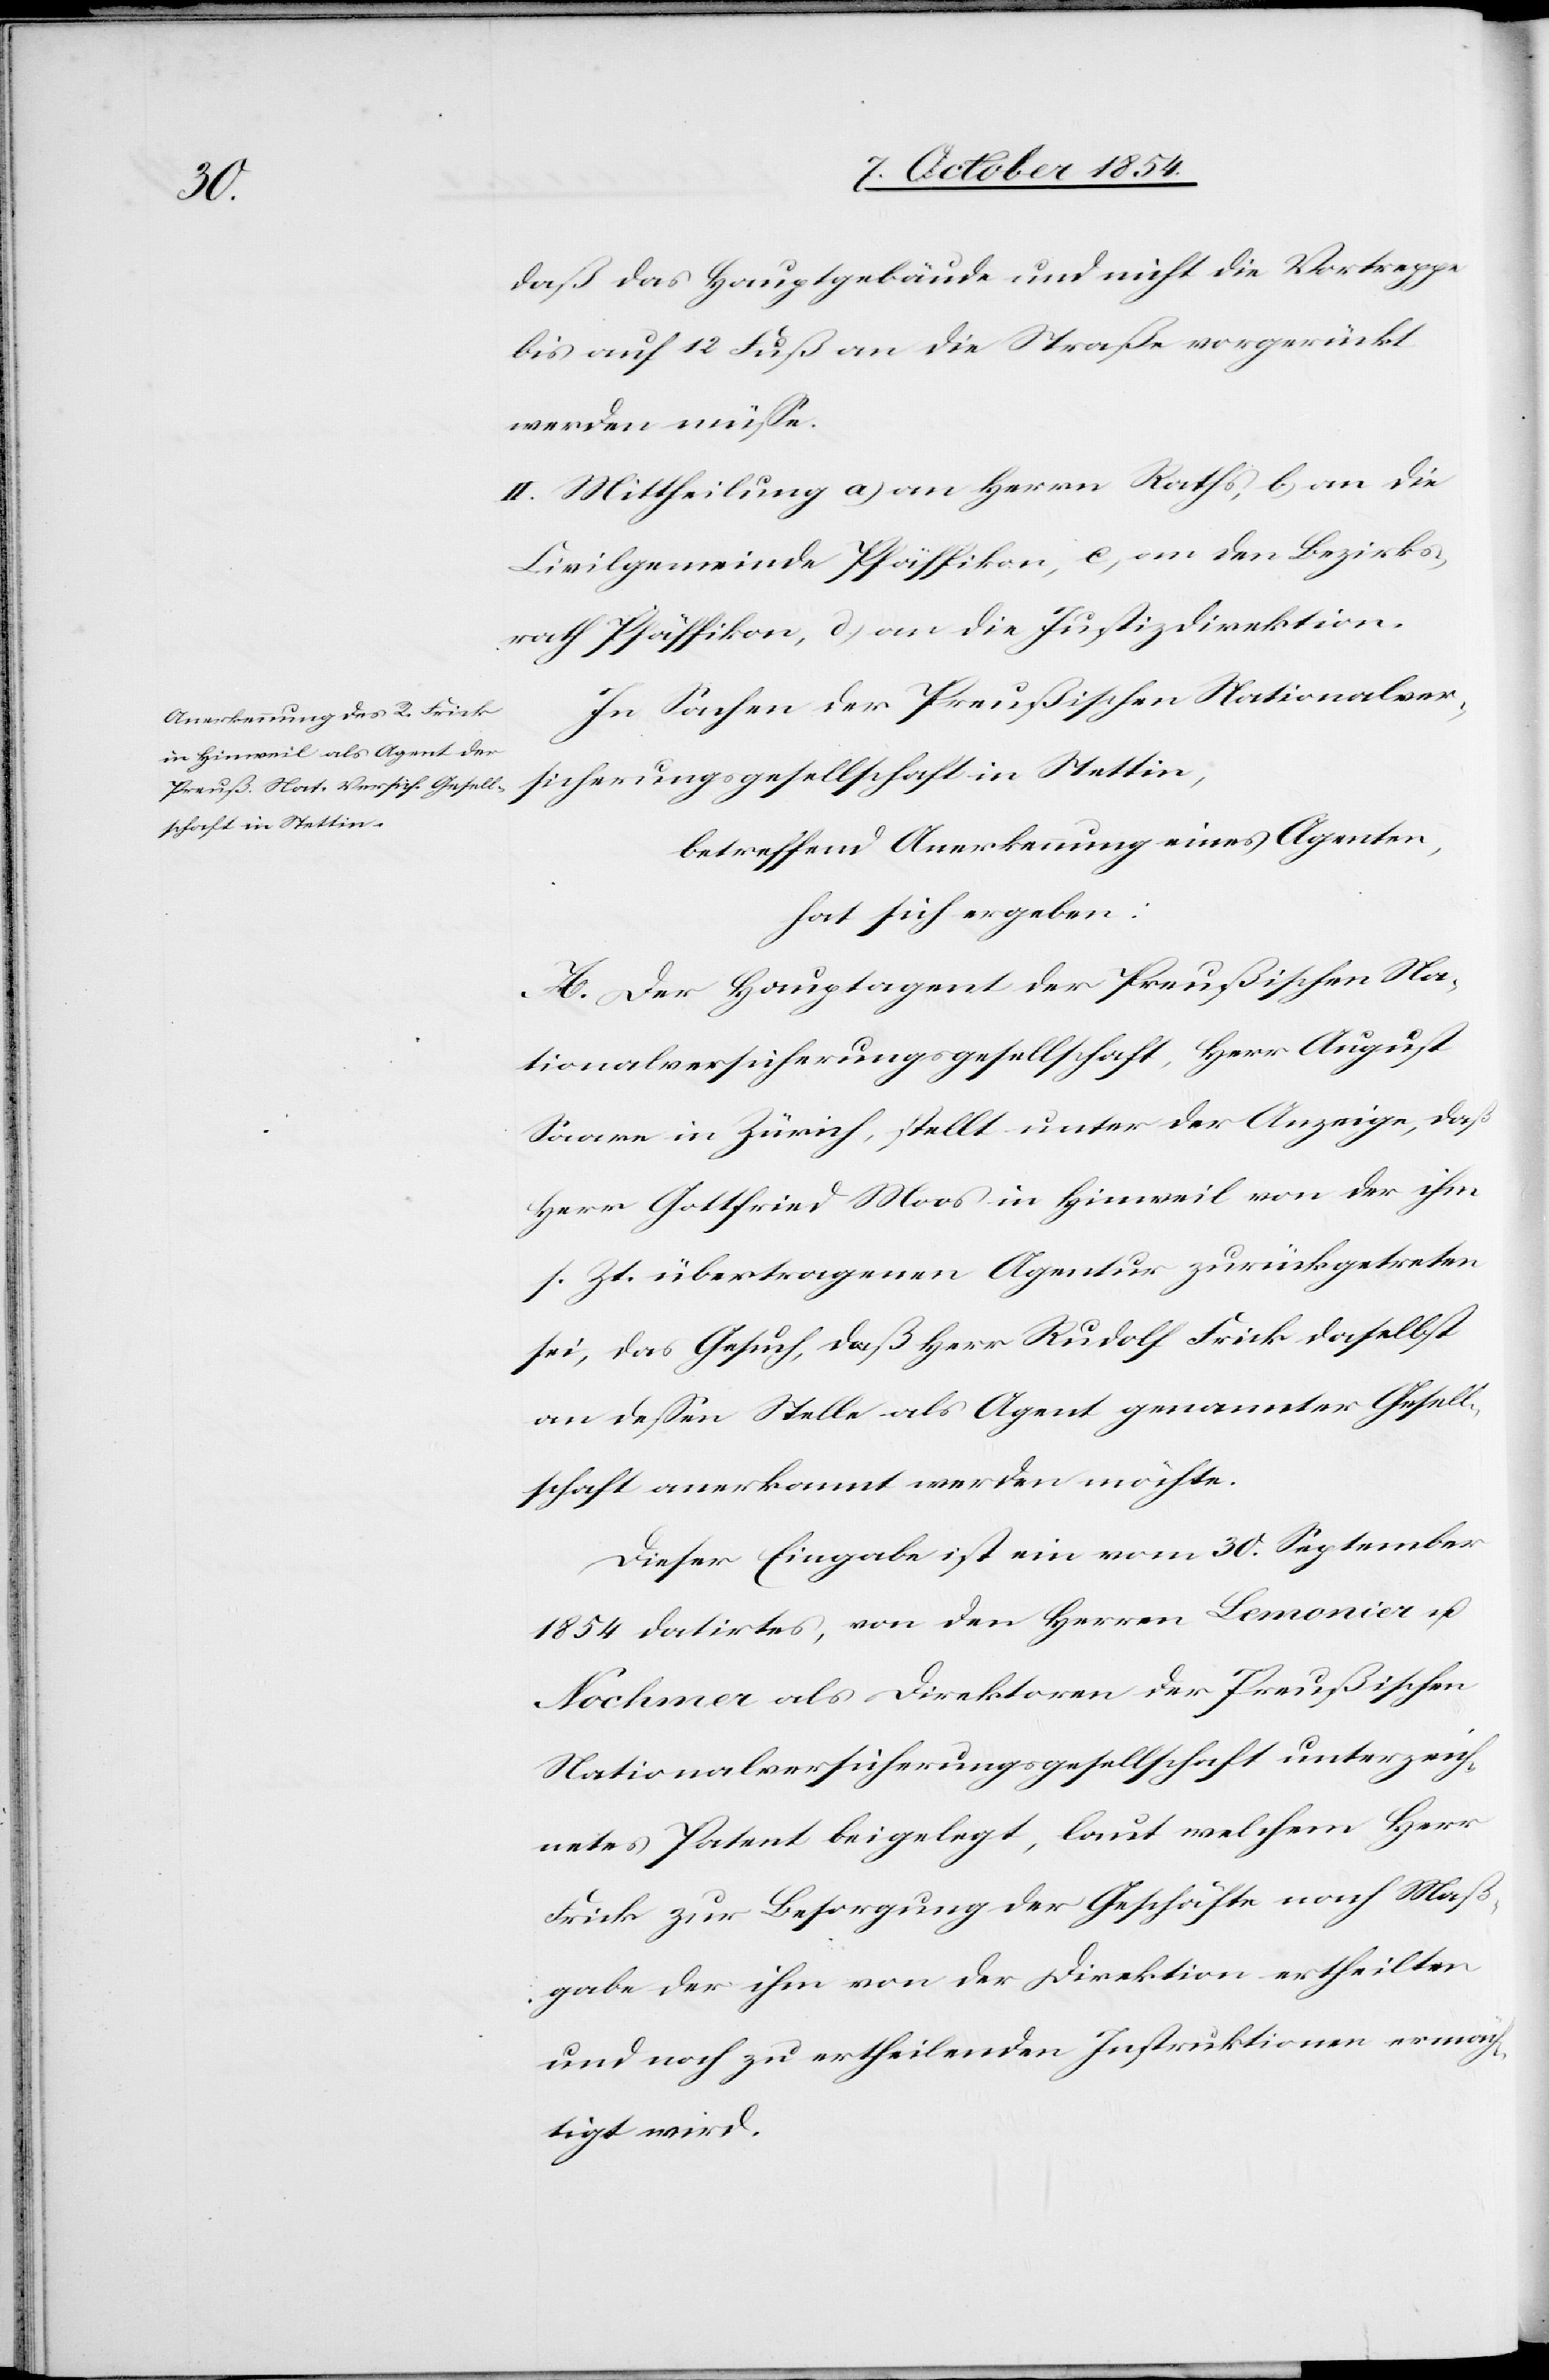
daß das Hauptgebäude und nicht die Vortreppe
bis auf 12 Fuß an die Straße vorgerückt
werden müße.
II. Mittheilung a) an Herrn Raths, b) an die
Civilgemeinde Pfäffikon, c) an den Bezirks¬
rath Pfäffikon, d) an die Justizdirektion.
In Sachen der Preußischen Nationalver¬
sicherungsgesellschaft in Stettin,
betreffend Anerkennung eines Agenten,
hat sich ergeben:
A. Der Hauptagent der Preußischen Na¬
tionalversicherungsgesellschaft, Herr August
Saare in Zürich, stellt unter Anzeige, daß
Herr Gottfried Moos in Hinweil von der ihm
s. Zt. übertragenen Agentur zurückgetreten
sei, das Gesuch, daß Herr Rudolf Frick daselbst
an deßen Stelle als Agent genannter Gesell¬
schaft anerkannt werden möchte.
Diese Eingabe ist ein vom 30. September
1854 datirtes, von den Herren Lemonier u.
Nochmer als Direktoren der Preußischen
Nationalversicherungsgesellschaft unterzeich¬
netes Patent beigelegt, laut welchem Herr
Frick zu Besorgung der Geschäfte nach Maß¬
gabe der ihm von der Direktion ertheilten
und noch zu ertheilenden Instruktionen ermäch¬
tigt wird.